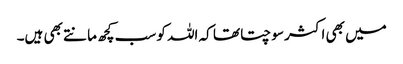
میں بھی اکثر سوچتا تھا کہ اللہ کو سب کچھ مانتے بھی ہیں۔